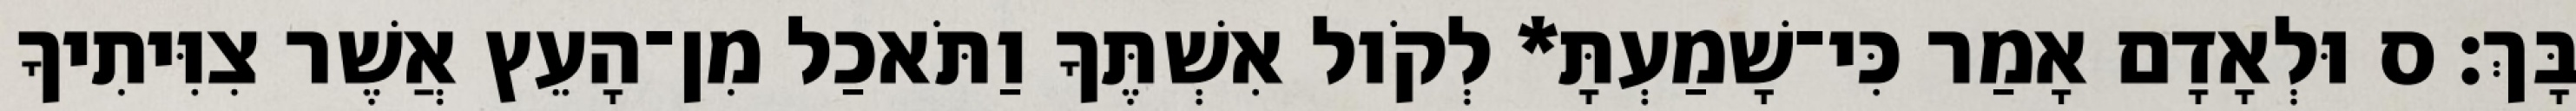
בָּךְ׃ ס וּלְאָדָם אָמַר כִּי־שָׁמַעְתָּ* לְקֹול אִשְׁתֶּךָ וַתֹּאכַל מִן־הָעֵץ אֲשֶׁר צִוִּיתִיךָ